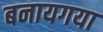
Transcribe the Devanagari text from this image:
बनायगया